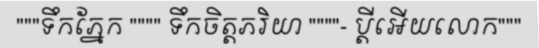
"""ទឹកភ្នែក """" ទឹកចិត្តភរិយា """"- ប្តីអើយលោក"""